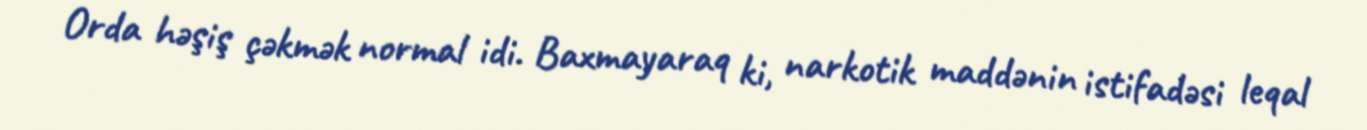
Orda həşiş çəkmək normal idi. Baxmayaraq ki, narkotik maddənin istifadəsi leqal